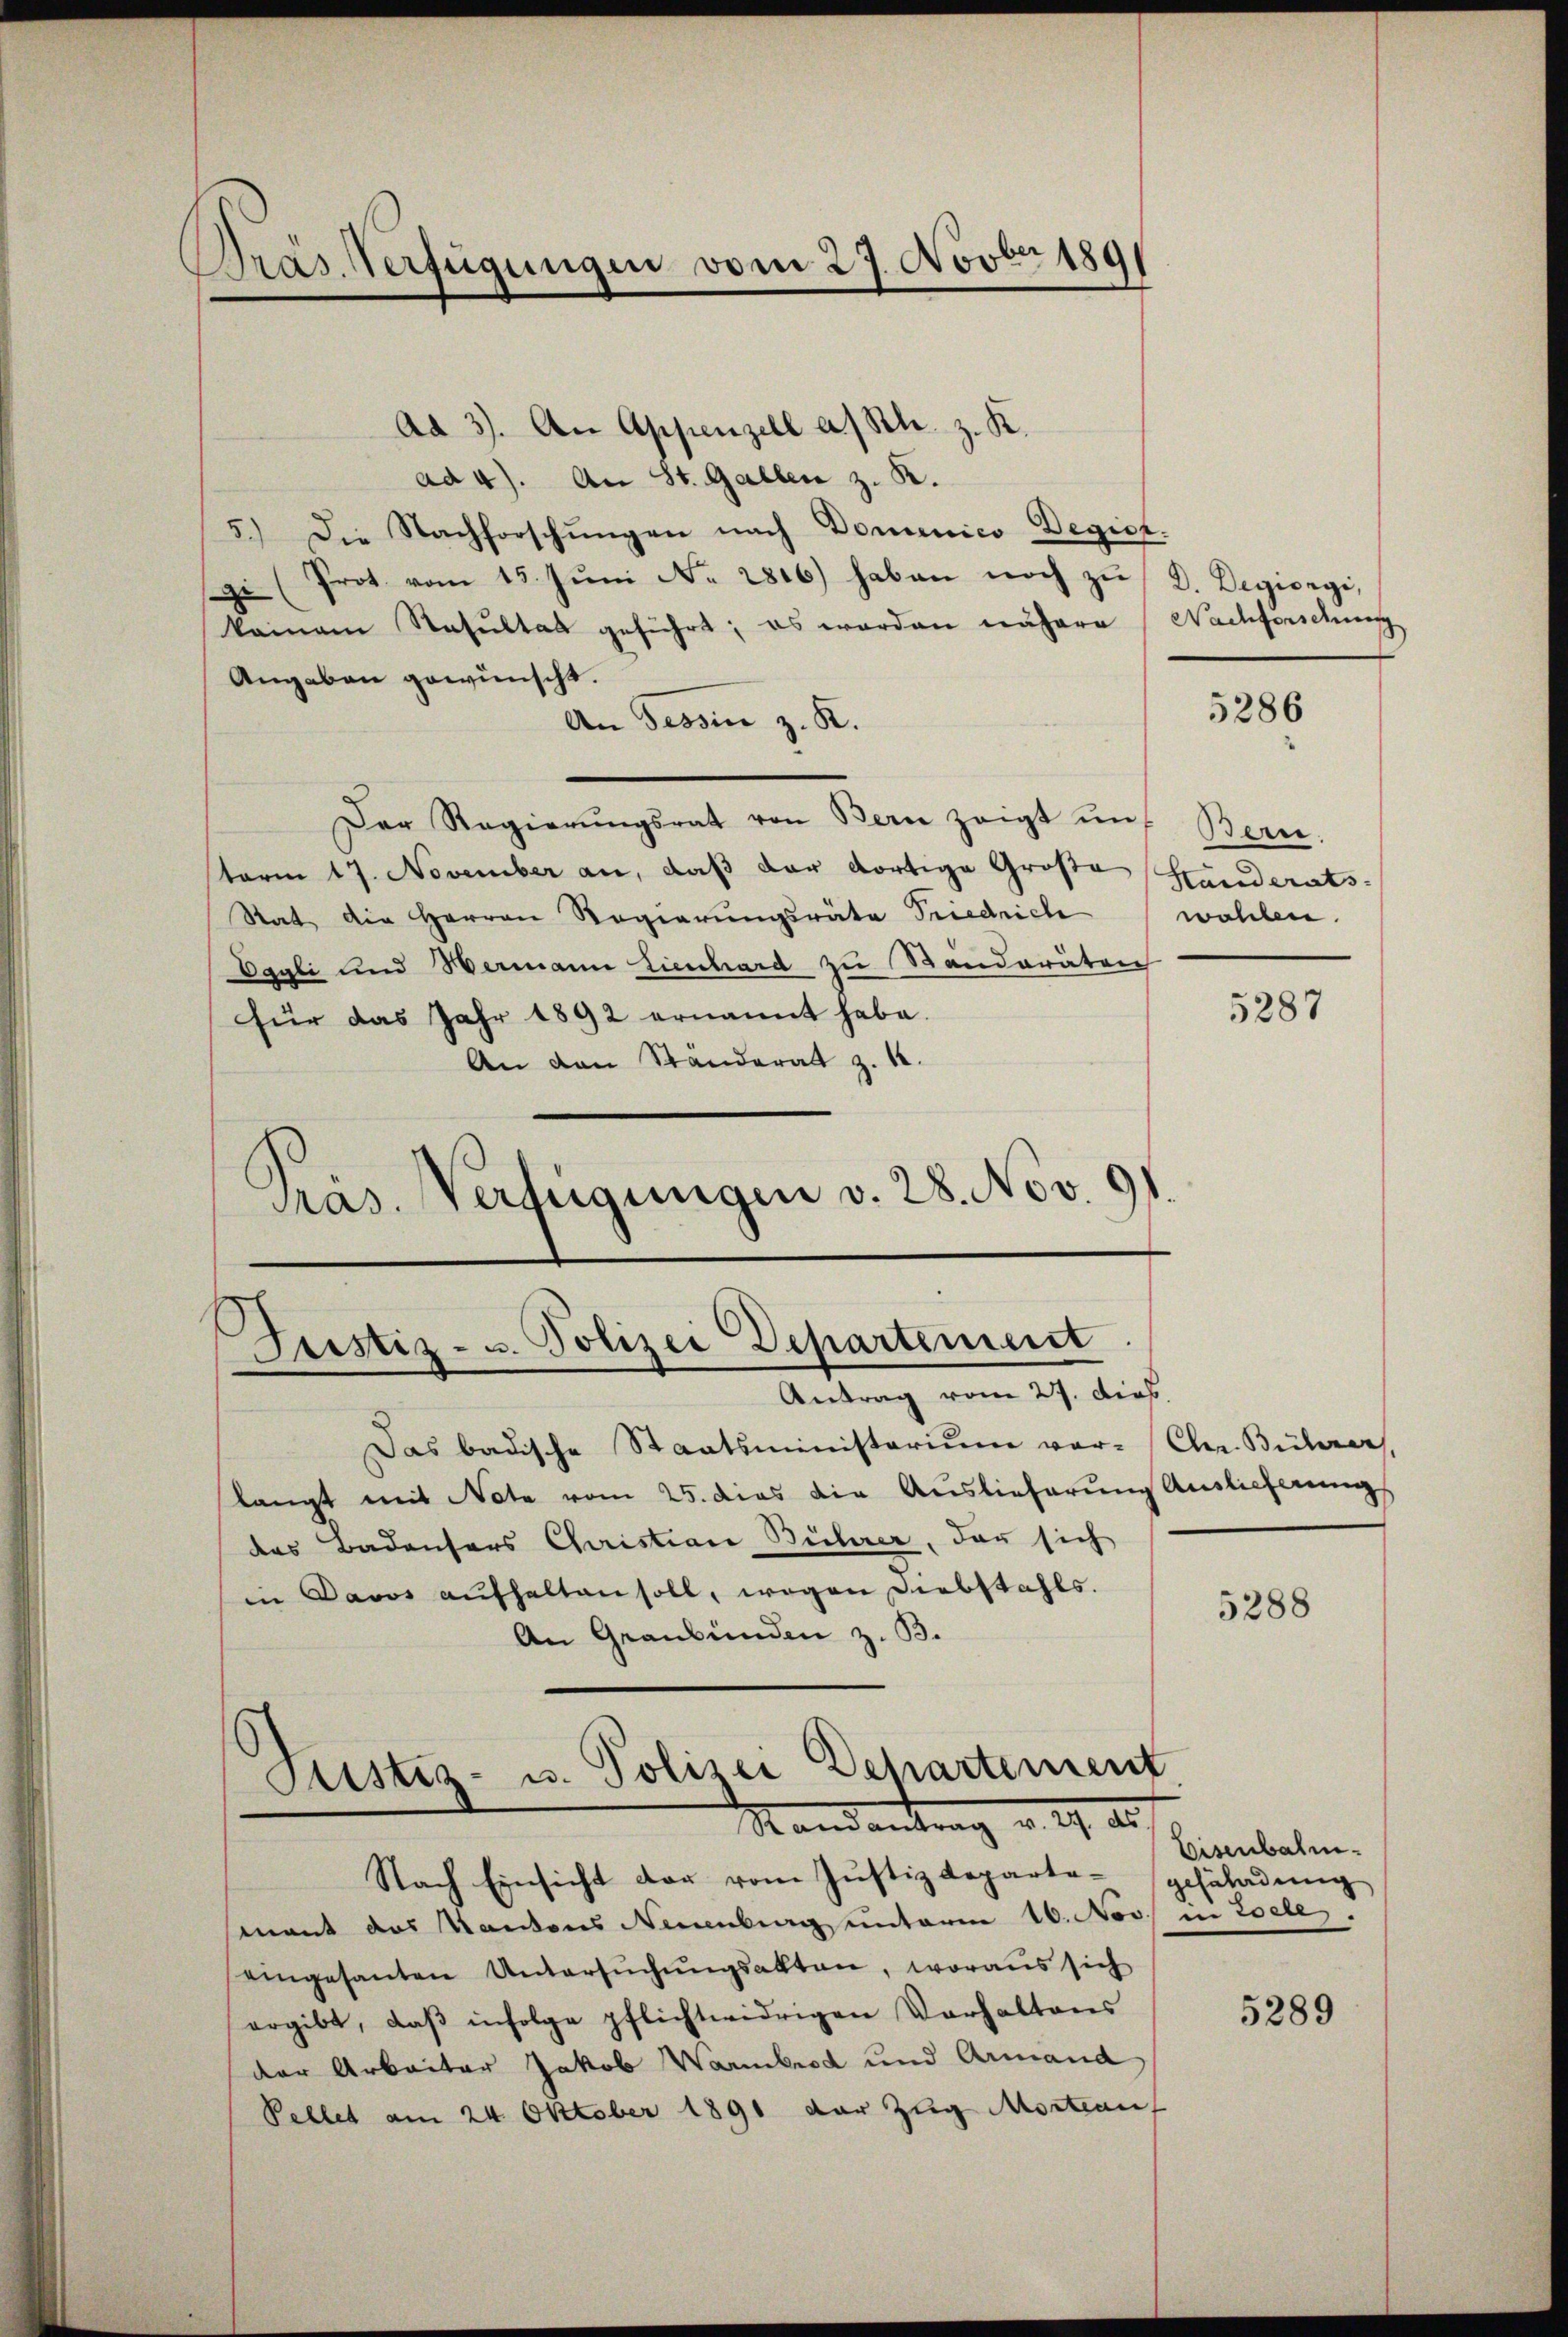
Pras. Verfügungen vom 27. Novber 1891

Ad 3). An Appenzell a/Rh. z. K.
ad 4). An St. Gallen z. K.
5.) Die Nachforschungen nach Domenico Degick.
gi (Prot vom 15. Jŭni N. 2816) haben noch zŭ, D. Degiorgi,
keinem Resultat geführt; es worden nähere (Nachforschung
Angaben gewünscht.
An Tessin z. K.
Der Regierŭngsrat von Bern zeigt un
term 17. November an, daß der dortige Große
Rat die Herren Regierungsräte Friedrich
Oggli und Wermann Lienhard zu Bänderäten
für das Jahr 1892 ernannt habe.
An den Ständerat z. 12.
Pras. Verfügungen v. 28. Nov. 0
)

Justiz- u. Polizei Departement
Antrag vom 27. Dies

Justiz- u. Polizei Departement
Randantrag v. 9. 22.
Nach Einsicht der vom Justizdeparte-gesüladung

Das badische Staatsministerium vor- Chr. Bührer,
langt mit Note vom 25. dies die Auslieferung Auslieferung
das Badensers Christian Bücherer, der sich
in Davos aŭfhalten soll, wegen Diebstahls.
An Graubünden z. B.
mant das Kantons Neuenburg unterm 10. Nov. in Zoeles.
eingesanten Untersuchungsakten, woraus sich
ergibt, daβ infolge pflichtwidrigen Verhaltens
der Arbeiter Jakob Warmbrod und Armand
Pellet am 24. Oktober 1891 der Zug Mortrauf

5286

Bern.
Standerats-
wohlen.

5287

5288

Eisenbahn.

5289